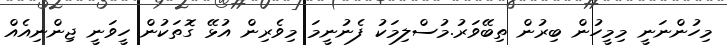
މިހުންނަނީ މިމީހުން ބިރުން ތިބޭވަރު.މުސްލިމަކު ފެނުނީމަ މިވެރިން އުޅޭ ގޮތަކުން ހީވަނީ ޖިންނިއެއް